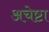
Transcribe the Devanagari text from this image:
अचेष्टा